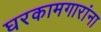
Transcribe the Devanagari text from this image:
घरकामगारांना